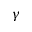
\gamma